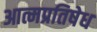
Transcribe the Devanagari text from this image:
आत्मप्रतिषेध